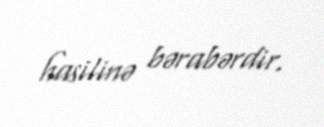
hasilinə bərabərdir.